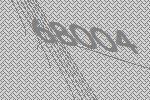
68004